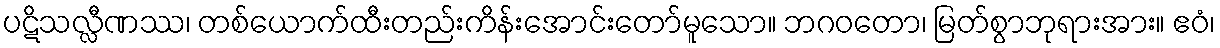
ပဋိသလ္လီဏဿ၊ တစ်ယောက်ထီးတည်းကိန်းအောင်းတော်မူသော။ ဘဂဝတော၊ မြတ်စွာဘုရားအား။ ဧဝံ၊